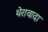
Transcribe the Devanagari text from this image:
थेरावादा